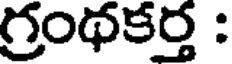
గ్రంథకర్త :